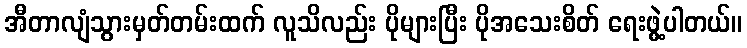
အီတာလျံသွားမှတ်တမ်းထက် လူသိလည်း ပိုများပြီး ပိုအသေးစိတ် ရေးဖွဲ့ပါတယ်။